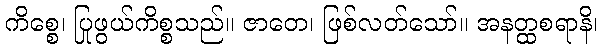
ကိစ္စေ၊ ပြုဖွယ်ကိစ္စသည်။ ဇာတေ၊ ဖြစ်လတ်သော်။ အနတ္ထစရာနိ၊